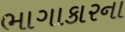
ભાગાકારના